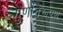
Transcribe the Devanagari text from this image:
गुणनिरूपण